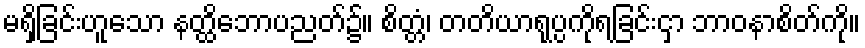
မရှိခြင်းဟူသော နတ္ထိဘောပညတ်၌။ စိတ္တံ၊ တတိယာရုပ္ပကိုရခြင်းငှာ ဘာဝနာစိတ်ကို။